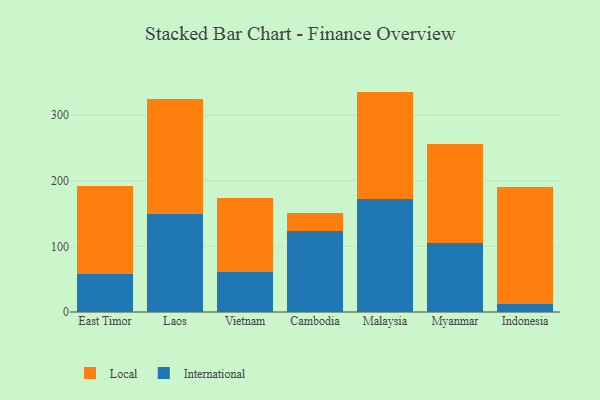
{"axis": {"x": "Country", "y": "Market Share (%)"}, "legend": ["International", "Local"], "data": [{"x": "East Timor", "y": 58.4, "type": "International"}, {"x": "East Timor", "y": 133.3, "type": "Local"}, {"x": "Laos", "y": 149.7, "type": "International"}, {"x": "Laos", "y": 175.3, "type": "Local"}, {"x": "Vietnam", "y": 61.1, "type": "International"}, {"x": "Vietnam", "y": 112.2, "type": "Local"}, {"x": "Cambodia", "y": 123.9, "type": "International"}, {"x": "Cambodia", "y": 26.7, "type": "Local"}, {"x": "Malaysia", "y": 173.0, "type": "International"}, {"x": "Malaysia", "y": 163.1, "type": "Local"}, {"x": "Myanmar", "y": 105.1, "type": "International"}, {"x": "Myanmar", "y": 151.6, "type": "Local"}, {"x": "Indonesia", "y": 11.7, "type": "International"}, {"x": "Indonesia", "y": 178.7, "type": "Local"}]}